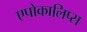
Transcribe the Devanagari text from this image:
एपोकालिप्स